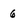
Character: 6